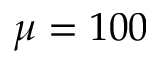
\mu = 1 0 0